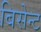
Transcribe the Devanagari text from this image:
बिसेन्ट